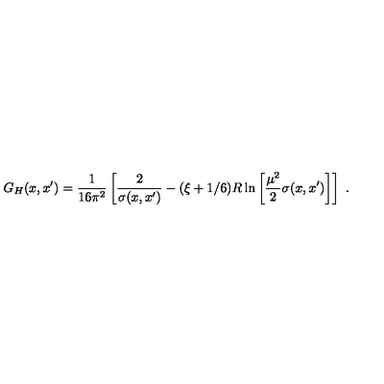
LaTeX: G _ { H } ( x , x ^ { \prime } ) = \frac 1 { 1 6 \pi ^ { 2 } } \left[ \frac 2 { \sigma ( x , x ^ { \prime } ) } - ( \xi + 1 / 6 ) R \ln \left[ \frac { \mu ^ { 2 } } 2 \sigma ( x , x ^ { \prime } ) \right] \right] \ .